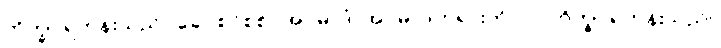
ဘိက္ခု၊ ရဟန်းသည်။ ခေါ၊ စင်စစ်။ အပ္ပမာဒံ၊ အပ္ပမာဒတရားကို။ ပ။ ဘိက္ခု၊ ရဟန်းသည်။